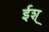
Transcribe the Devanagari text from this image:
ईश्